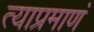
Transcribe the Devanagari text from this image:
त्याप्रमाणं